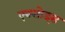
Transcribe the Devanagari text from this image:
एक्सोड्स